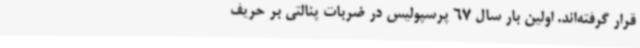
قرار گرفته‌اند. اولین بار سال 67 پرسپولیس در ضربات پنالتی بر حریف